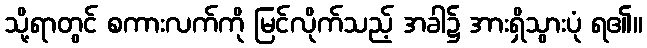
သို့ရာတွင် စကားလက်ကို မြင်လိုက်သည့် အခါ၌ အားရှိသွားပုံ ရ၏။